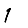
Digit: 1